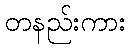
တနည်းကား